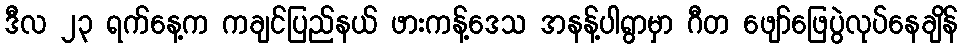
ဒီလ ၂၃ ရက်နေ့က ကချင်ပြည်နယ် ဖားကန့်ဒေသ အနန့်ပါရွာမှာ ဂီတ ဖျော်ဖြေပွဲလုပ်နေချိန်